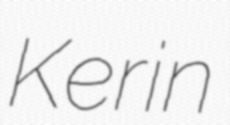
Kerin